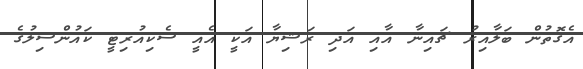
އެގޮތުން ބަލާއިރު ޗައިނާ އާއި އަދި ރަޝިޔާ އަކީ އެއީ ސެކިއުރިޓީ ކައުންސިލުގެ